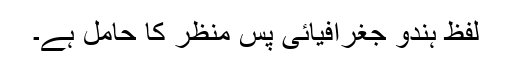
لفظ ہندو جغرافیائی پس منظر کا حامل ہے۔